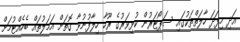
އަދި މިފަދަ ހާލަތްތަކުގައި ސަޕޯޓަރުން ކުޅިވަރުގެ ރޫހާ ހިލާފުނުވާ ގޮތަށް އަމަލުތައް ބެހެއްޓުމަށް